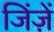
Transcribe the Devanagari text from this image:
जिंज़ें